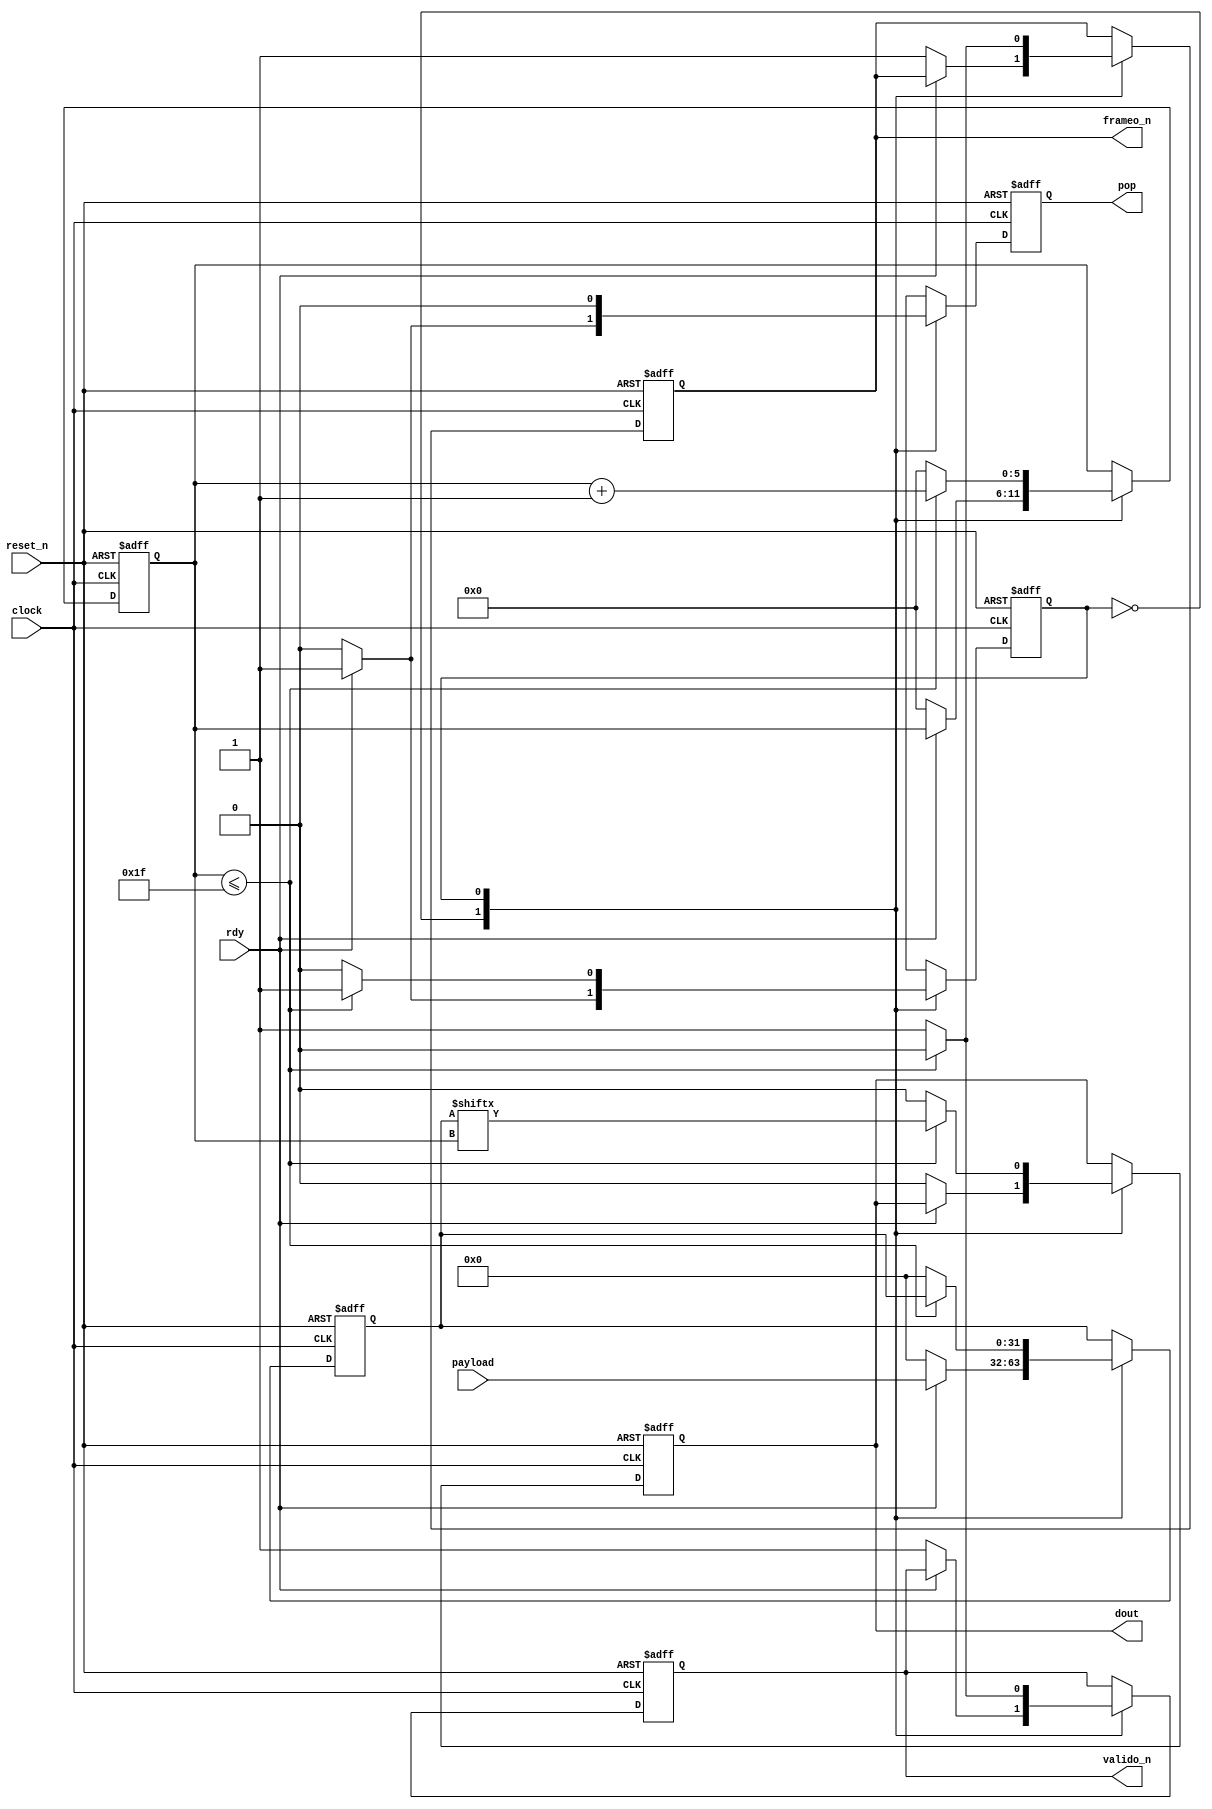
module portout(input [31:0] payload, input rdy, clock, reset_n, output reg frameo_n, valido_n, dout, pop);

reg [5:0] count;
reg [31:0] saved_payload;
reg  state;
parameter WAIT = 1'b0, READ_PAYLOAD = 1'b1;

always @(posedge clock, negedge reset_n)
begin
   if(!reset_n) begin
      dout <= 0;
      frameo_n <= 1;
      valido_n <= 1;
      pop <= 0;
      count <= 0;
      saved_payload <= 32'h0000_0000;
      state <= WAIT;
   end
   else
      case(state)
      WAIT:
         if(rdy) begin
            pop <= 1;
            saved_payload <= payload;
            state <= READ_PAYLOAD;            
         end
         else begin
            pop <= 0;
            dout <= 0;
            frameo_n <= 1;
            valido_n <= 1;
            count <= 0;
            saved_payload <= 32'h0000_0000; 
            state <= WAIT;
         end

      READ_PAYLOAD: 
         if(count <= 31) begin
            pop <= 0;
            dout <= saved_payload[count];
            count <= count + 1;
            frameo_n <= 0;
            valido_n <= 0;
            state <= READ_PAYLOAD;
         end
         else begin
            pop <= 0;
            dout <= 0;
            count <= 0;
            frameo_n <= 1;
            valido_n <= 1;
            saved_payload <= 32'h0000_0000;
            state <= WAIT;
         end
      endcase
end
endmodule